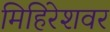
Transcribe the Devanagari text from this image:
मिहिरेशवर